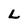
Character: L